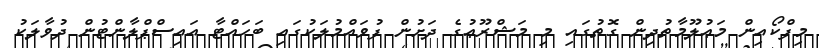
މިފްކޯއިން މަޢުލޫމާތުދިން ގޮތުގައި މި މަޝްރޫޢުގެ ދަށުން ފުވައްމުލަކުގައި ބަހައްޓާ އައިސްޕްލާންޓުން ދުވާލަކު